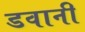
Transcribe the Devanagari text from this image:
डवानी